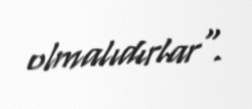
olmalıdırlar".